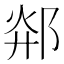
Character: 𲆓